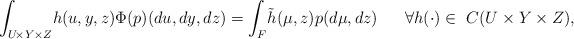
LaTeX: \begin{align*} \int_{U\! \times Y \times Z} \!h(u,y,z) \Phi(p) (du,dy,dz) =\int_{F} \!\tilde h (\mu ,z)p(d\mu,dz)\ \ \ \ \ \forall h(\cdot)\in \ C(U\times Y\times Z),\end{align*}